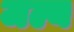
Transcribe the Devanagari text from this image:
जल्य